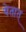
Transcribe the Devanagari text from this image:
येतात्